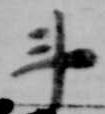
斗